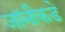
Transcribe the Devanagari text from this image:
जॉनीकडे